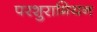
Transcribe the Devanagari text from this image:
परशुरामियन